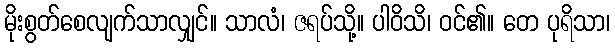
မိုးစွတ်စေလျက်သာလျှင်။ သာလံ၊ ဇရပ်သို့။ ပါဝိသိ၊ ဝင်၏။ တေ ပုရိသာ၊